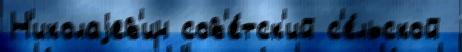
Н'иколаjев'ич сов'е́тск'ий с'е́льской